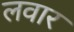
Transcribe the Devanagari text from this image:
लवार